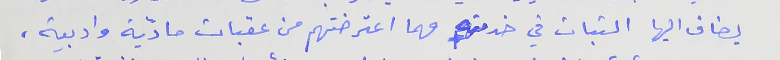
يضاف اليها الثبات في خدمته مهما اعترضتهم من عقبات مادّية وادبية،